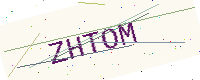
Text: ZHTOM